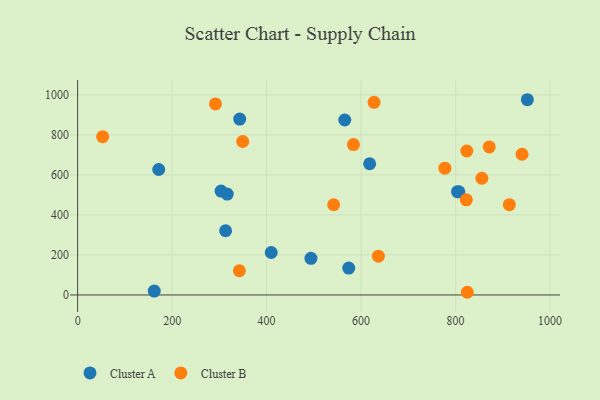
{"axis": {"x": "Engine Size", "y": "Rating"}, "legend": ["Cluster A", "Cluster B"], "data": [{"x": "804.1", "y": 516.1, "type": "Cluster A"}, {"x": "951.9", "y": 975.9, "type": "Cluster A"}, {"x": "573.8", "y": 134.4, "type": "Cluster A"}, {"x": "343.0", "y": 879.4, "type": "Cluster A"}, {"x": "806.9", "y": 515.5, "type": "Cluster A"}, {"x": "618.1", "y": 655.9, "type": "Cluster A"}, {"x": "313.2", "y": 321.0, "type": "Cluster A"}, {"x": "565.4", "y": 874.5, "type": "Cluster A"}, {"x": "303.6", "y": 519.2, "type": "Cluster A"}, {"x": "316.6", "y": 504.5, "type": "Cluster A"}, {"x": "409.8", "y": 212.3, "type": "Cluster A"}, {"x": "162.2", "y": 19.2, "type": "Cluster A"}, {"x": "493.8", "y": 183.2, "type": "Cluster A"}, {"x": "171.6", "y": 627.0, "type": "Cluster A"}, {"x": "583.8", "y": 751.6, "type": "Cluster B"}, {"x": "871.2", "y": 740.0, "type": "Cluster B"}, {"x": "291.7", "y": 954.7, "type": "Cluster B"}, {"x": "52.9", "y": 791.1, "type": "Cluster B"}, {"x": "940.6", "y": 703.3, "type": "Cluster B"}, {"x": "855.6", "y": 583.4, "type": "Cluster B"}, {"x": "913.7", "y": 451.3, "type": "Cluster B"}, {"x": "777.3", "y": 633.6, "type": "Cluster B"}, {"x": "636.5", "y": 194.1, "type": "Cluster B"}, {"x": "823.7", "y": 719.7, "type": "Cluster B"}, {"x": "824.8", "y": 13.4, "type": "Cluster B"}, {"x": "627.4", "y": 962.9, "type": "Cluster B"}, {"x": "822.7", "y": 475.7, "type": "Cluster B"}, {"x": "349.4", "y": 767.1, "type": "Cluster B"}, {"x": "342.4", "y": 121.1, "type": "Cluster B"}, {"x": "541.9", "y": 450.8, "type": "Cluster B"}]}